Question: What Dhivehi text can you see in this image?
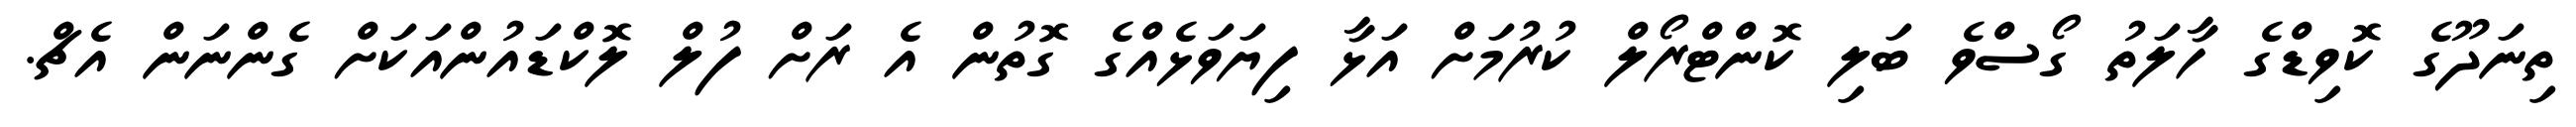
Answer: ތިނަދޫގެ ކޮވިޑްގެ ހާލަތު ގޯސްވެ ބަލި ކޮންޓްރޯލް ކުރުމަށް އަޅާ ފިޔަވަޅެއްގެ ގޮތުން އެ ރަށް ފުލް ލޮކްޑައުންއަކަށް ގެންނަން އެޗް.